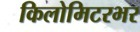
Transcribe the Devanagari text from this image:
किलोमिटरभर